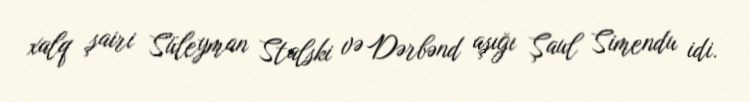
xalq şairi Süleyman Stalski və Dərbənd aşığı Şaul Simendu idi.